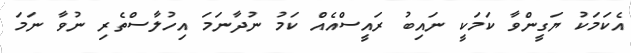
އެކަމަކު ޔަގީންވާ ކަމަކީ ނައިބު ރައީސްއެއް ކަމު ނުދާނަމަ އިހުލާސްތެރި ނުވާ ނަމަ